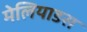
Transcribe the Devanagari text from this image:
मेलियाडस